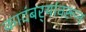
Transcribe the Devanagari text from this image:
कादंबर्‍यांवरून